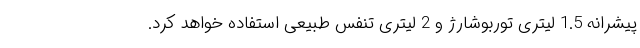
پیشرانه 1.5 لیتری توربوشارژ و 2 لیتری تنفس طبیعی استفاده خواهد کرد.